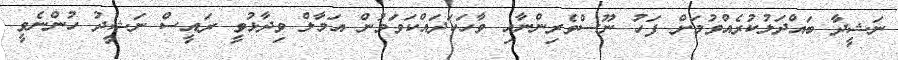
ނަޝީދާ ބައްދަލުކުރެއްވުމަށް ފަހު ނޫސްވެރިންނާއި ވާހަކަދައްކަވަމުން އަމާލް ވިދާޅުވީ ރައީސް ނަޝީދު ހުންނެވީ